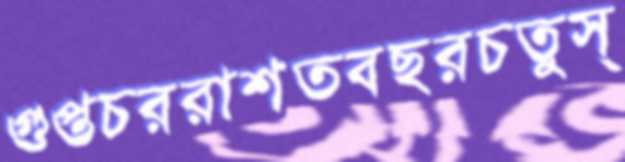
গুপ্তচররাশতবছরচতুস্